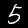
Label: 5